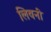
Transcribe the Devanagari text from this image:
लिवनी